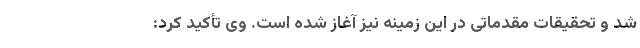
شد و تحقیقات مقدماتی در این زمینه نیز آغاز شده است. وی تأکید کرد: